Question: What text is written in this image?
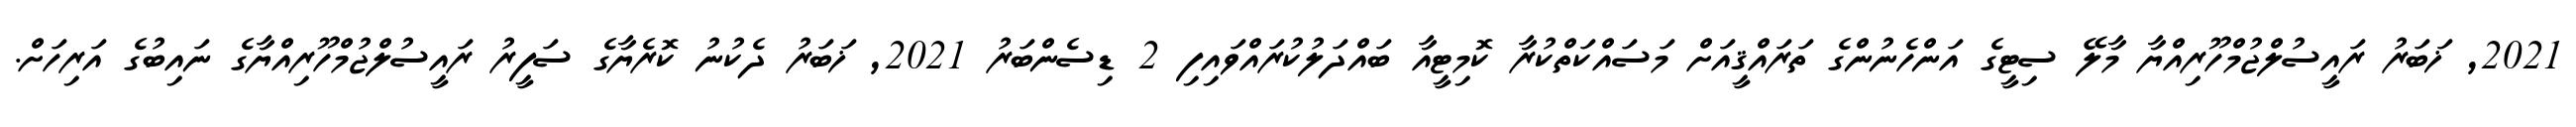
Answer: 2021, ޚަބަރު ރައީސުލްޖުމްހޫރިއްޔާ މާލޭ ސިޓީގެ އަންހެނުންގެ ތަރައްޤީއަށް މަސައްކަތްކުރާ ކޮމިޓީއާ ބައްދަލުކުރައްވައިފި 2 ޑިސެންބަރު 2021, ޚަބަރު ދެކުނު ކޮރެޔާގެ ސަފީރު ރައީސުލްޖުމްހޫރިއްޔާގެ ނައިބުގެ އަރިހަށް.